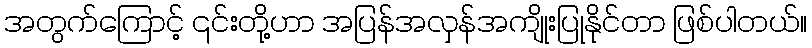
အတွက်ကြောင့် ၎င်းတို့ဟာ အပြန်အလှန်အကျိုးပြုနိုင်တာ ဖြစ်ပါတယ်။